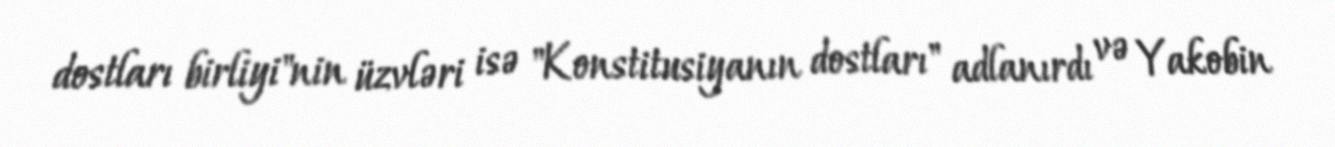
dostları birliyi"nin üzvləri isə "Konstitusiyanın dostları" adlanırdı və Yakobin